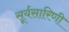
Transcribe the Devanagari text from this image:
सूर्यसारिणी